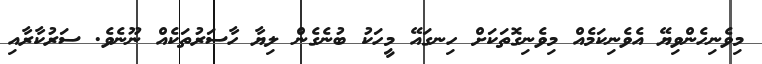
މިވެނިހެންވިޔޭ އެވެނިކަމެއް މިވެނިގޮތަކަށް ހިނގައޭ މީހަކު ބުނެގެން ލިޔާ ހާސަރުތަކެއް ނޫނެވެ. ސަރުކާރާއި